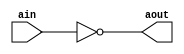
// Generator : SpinalHDL v1.7.3    git head : aeaeece704fe43c766e0d36a93f2ecbb8a9f2003
// Component : NocInventer

`timescale 1ns/1ps

module NocInventer (
  input      [7:0]    ain,
  output     [7:0]    aout
);


  assign aout = (~ ain);

endmodule